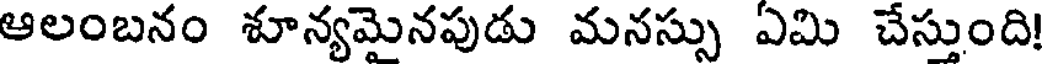
ఆలంబనం శూన్యమైనపుడు మనస్సు ఏమి చేస్తుంది!